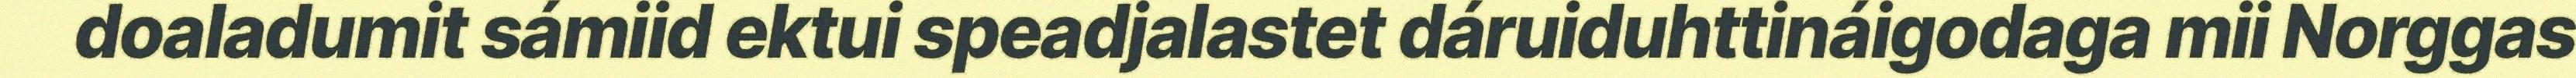
doaladumit sámiid ektui speadjalastet dáruiduhttináigodaga mii Norggas